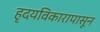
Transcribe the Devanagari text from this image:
हृदयविकारापासून